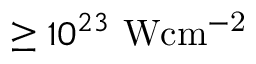
\geq 1 0 ^ { 2 3 } \mathrm { ~ W c m ^ { - 2 } }